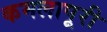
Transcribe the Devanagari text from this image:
कमलापूरी